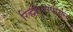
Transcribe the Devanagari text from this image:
रिद्धीपुरापासून